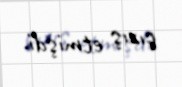
çıxış etmişdi.